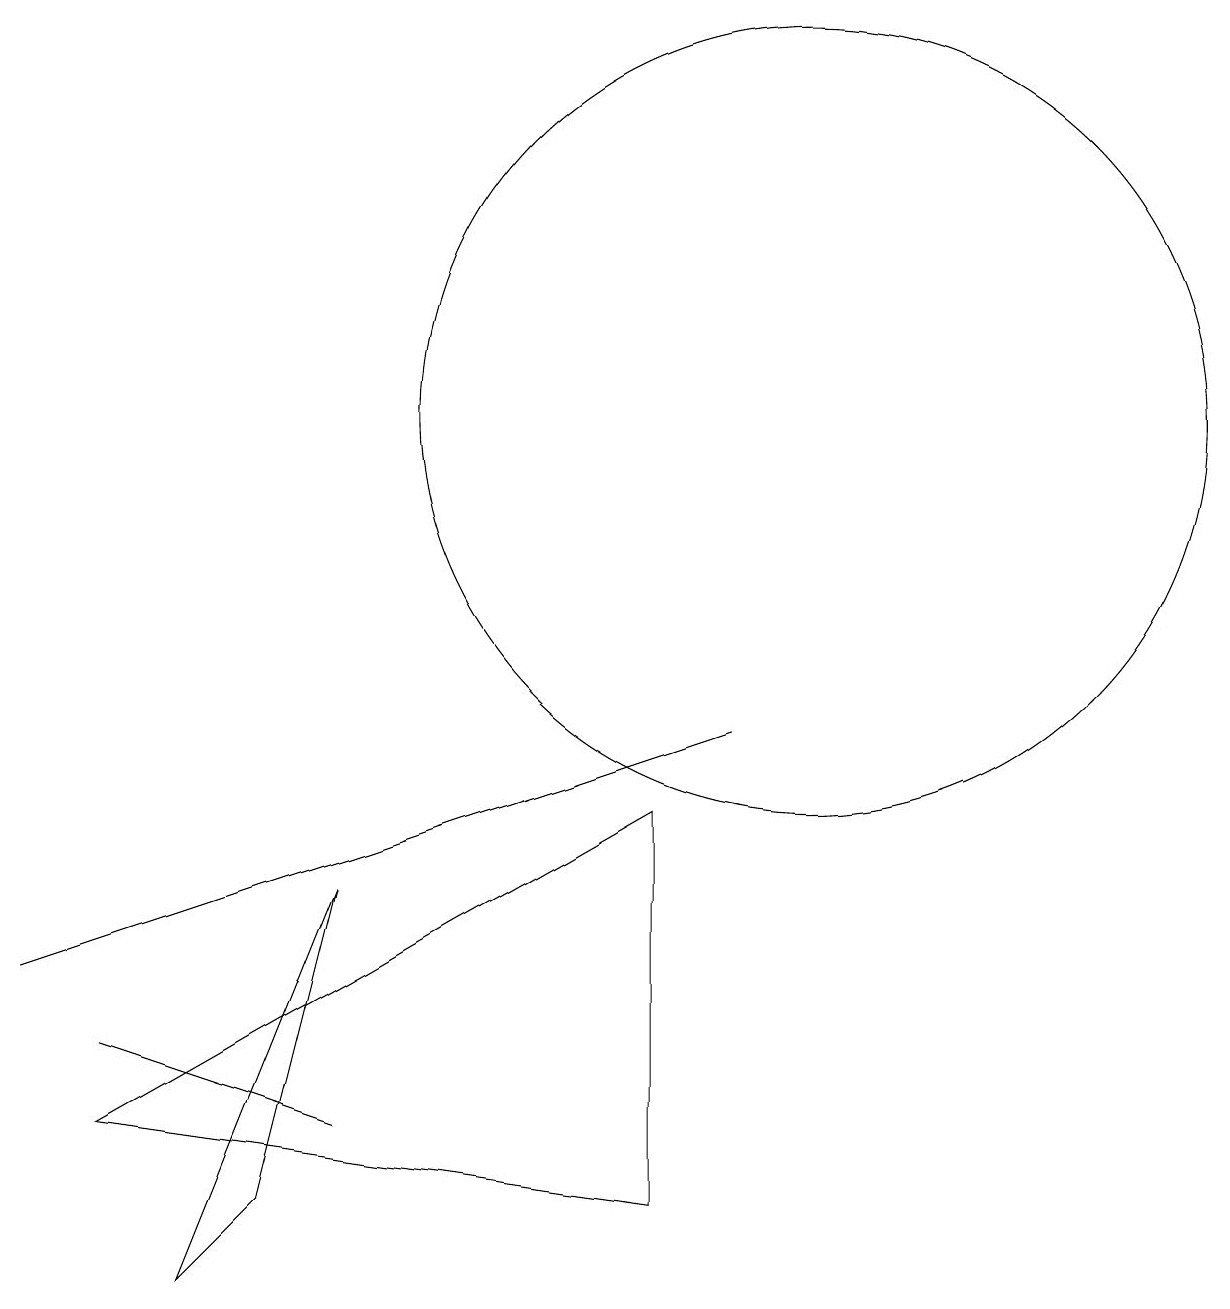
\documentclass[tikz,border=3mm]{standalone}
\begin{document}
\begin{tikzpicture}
\draw (3,5) -- (9,7) -- (0,4) -- cycle;
\draw (4,2) -- (1,3) -- (4,2) -- cycle;
\draw (3,1) -- (4,5) -- (2,0) -- cycle;
\draw (10,11) circle (5);
\draw (8,6) -- (1,2) -- (8,1) -- cycle;
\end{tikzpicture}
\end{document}